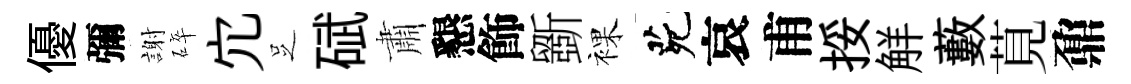
優彌謝碎宂𠯁碔肅懇飾斵裸茕哀甫挼觧藪莧鼐